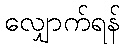
လျှောက်ရန်